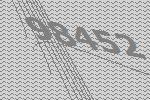
98452